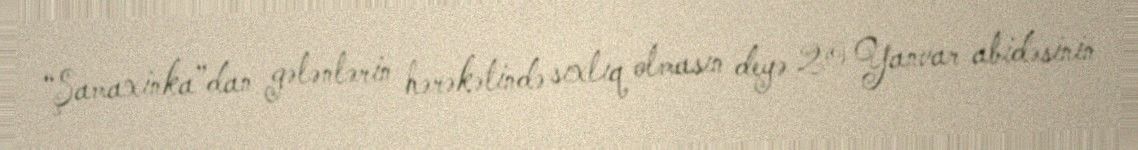
“Şamaxinka”dan gələnlərin hərəkətində sıxlıq olmasın deyə 20 Yanvar abidəsinin